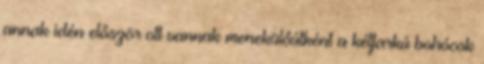
annak idén először ott vannak menekülőútként a kétfarkú bohócok